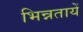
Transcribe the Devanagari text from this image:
भिन्नतायें